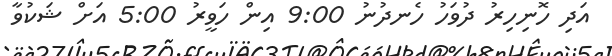
އަދި ހޮނިހިރު ދުވަހު ހެނދުނު 9:00 އިން ހަވީރު 5:00 އަށް ޝަކުވާ